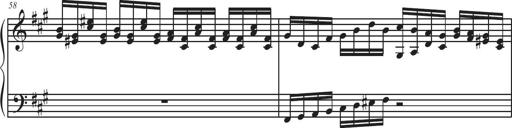
Title: Sonatina Espania
Composer: Jerald Franklin Archer
Key: Various